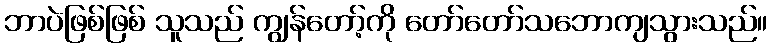
ဘာပဲဖြစ်ဖြစ် သူသည် ကျွန်တော့်ကို တော်တော်သဘောကျသွားသည်။